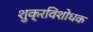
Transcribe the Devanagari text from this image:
शुक्रविशोधक